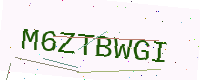
Text: M6ZTBWGI